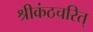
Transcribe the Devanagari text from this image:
श्रीकंठचरित्‌